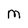
Character: M